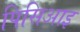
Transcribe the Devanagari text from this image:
पिसिआइ